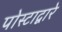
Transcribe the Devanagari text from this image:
पोस्टाद्वारे